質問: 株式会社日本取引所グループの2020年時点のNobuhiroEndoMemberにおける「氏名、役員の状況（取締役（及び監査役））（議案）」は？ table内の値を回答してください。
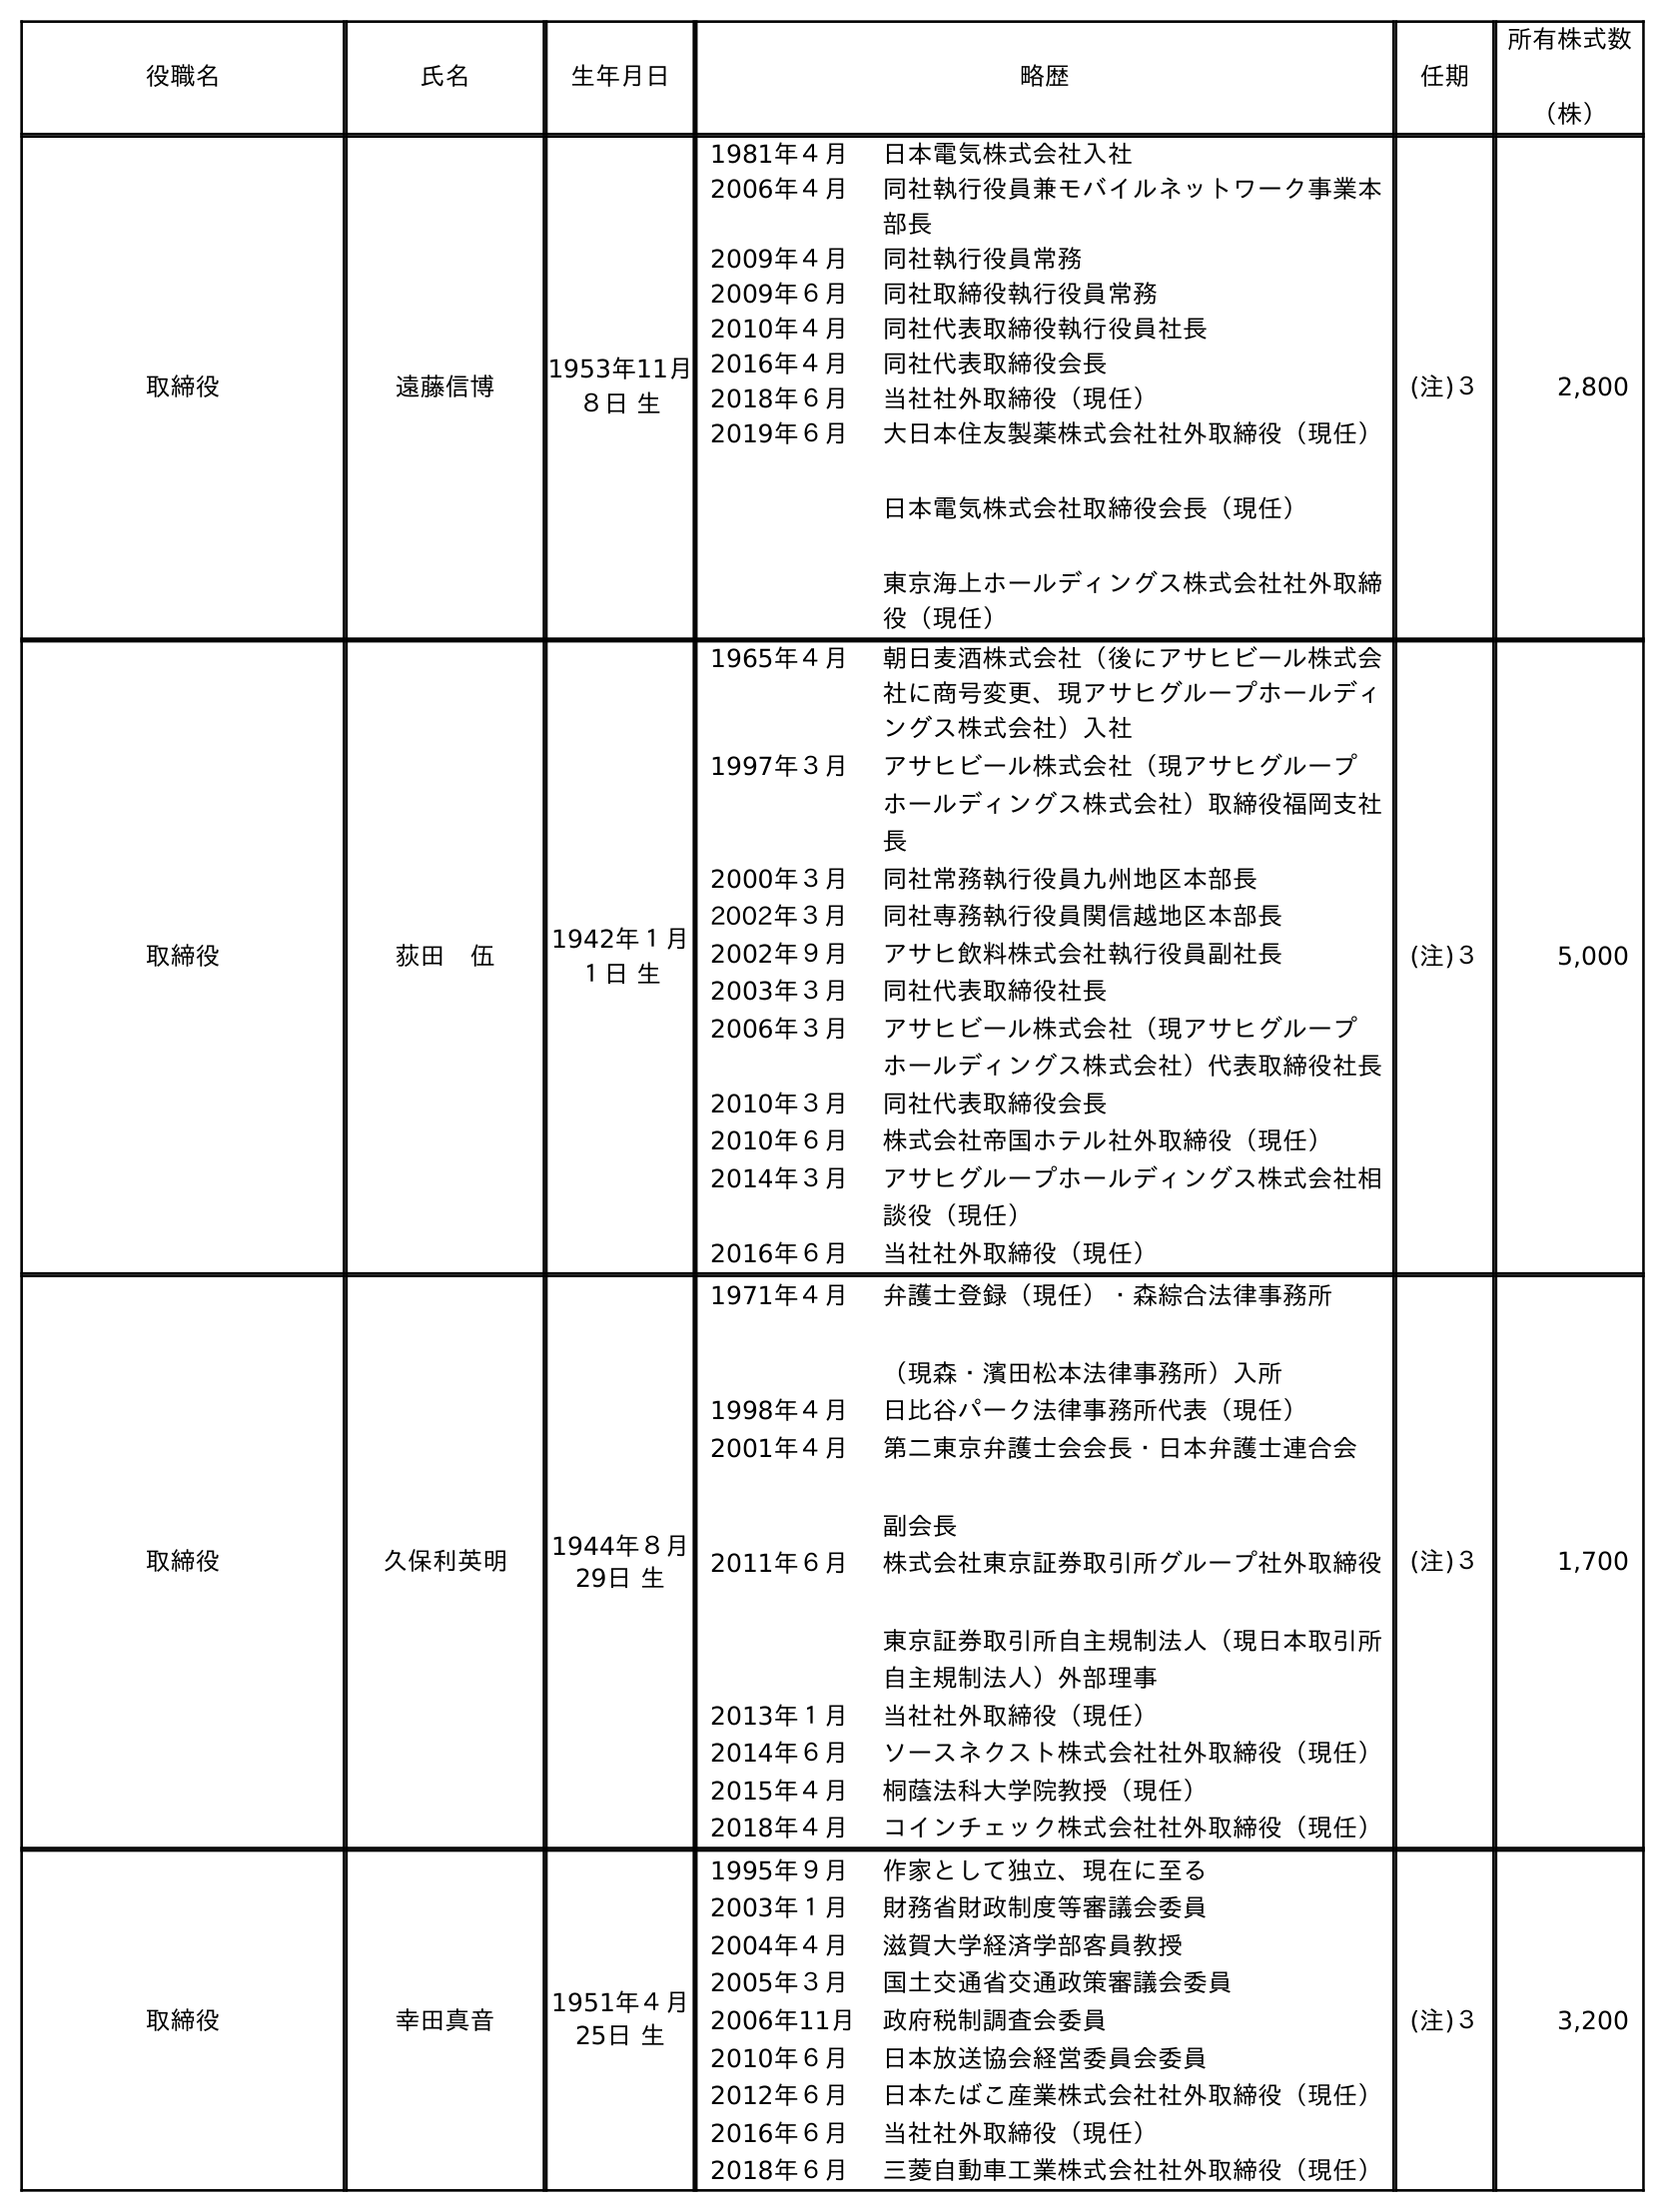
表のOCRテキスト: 役職名 氏名 生年月日 略歴 任期 所有株式数 （株） 取締役 遠藤信博 1953年11月 ８日 生 1981年４月 日本電気株式会社入社 2006年４月 同社執行役員兼モバイルネットワーク事業本 部長 2009年４月 同社執行役員常務 2009年６月 同社取締役執行役員常務 2010年４月 同社代表取締役執行役員社長 2016年４月 同社代表取締役会長 2018年６月 当社社外取締役（現任） 2019年６月 大日本住友製薬株式会社社外取締役（現任） 日本電気株式会社取締役会長（現任） 東京海上ホールディングス株式会社社外取締 役（現任） (注)３ 2,800 取締役 荻田 伍 1942年１月 １日 生 1965年４月 朝日麦酒株式会社（後にアサヒビール株式会 社に商号変更、現アサヒグループホールディ ングス株式会社）入社 1997年３月 アサヒビール株式会社（現アサヒグループ ホールディングス株式会社）取締役福岡支社 長 2000年３月 同社常務執行役員九州地区本部長 2002年３月 同社専務執行役員関信越地区本部長 2002年９月 アサヒ飲料株式会社執行役員副社長 2003年３月 同社代表取締役社長 2006年３月 アサヒビール株式会社（現アサヒグループ ホールディングス株式会社）代表取締役社長 2010年３月 同社代表取締役会長 2010年６月 株式会社帝国ホテル社外取締役（現任） 2014年３月 アサヒグループホールディングス株式会社相 談役（現任） 2016年６月 当社社外取締役（現任） (注)３ 5,000 取締役 久保利英明 1944年８月 29日 生 1971年４月 弁護士登録（現任）・森綜合法律事務所 （現森・濱田松本法律事務所）入所 1998年４月 日比谷パーク法律事務所代表（現任） 2001年４月 第二東京弁護士会会長・日本弁護士連合会 副会長 2011年６月 株式会社東京証券取引所グループ社外取締役 東京証券取引所自主規制法人（現日本取引所 自主規制法人）外部理事 2013年１月 当社社外取締役（現任） 2014年６月 ソースネクスト株式会社社外取締役（現任） 2015年４月 桐蔭法科大学院教授（現任） 2018年４月 コインチェック株式会社社外取締役（現任） (注)３ 1,700 取締役 幸田真音 1951年４月 25日 生 1995年９月 作家として独立、現在に至る 2003年１月 財務省財政制度等審議会委員 2004年４月 滋賀大学経済学部客員教授 2005年３月 国土交通省交通政策審議会委員 2006年11月 政府税制調査会委員 2010年６月 日本放送協会経営委員会委員 2012年６月 日本たばこ産業株式会社社外取締役（現任） 2016年６月 当社社外取締役（現任） 2018年６月 三菱自動車工業株式会社社外取締役（現任） (注)３ 3,200
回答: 遠藤信博